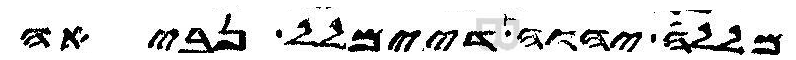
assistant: מללה יהוה דיימלל נביאה